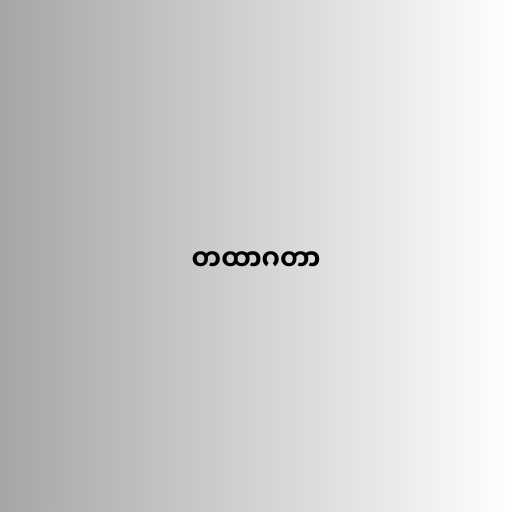
တထာဂတာ